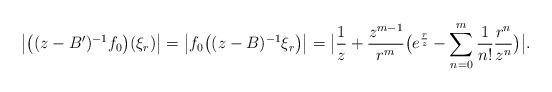
LaTeX: \begin{align*}\big|\big((z-B')^{-1}f_0\big)(\xi_r)\big|&=\big|f_0\big((z-B)^{-1}\xi_r\big)\big|=\big|\frac{1}{z}+\frac{z^{m-1}}{r^{m}}\big(e^{\frac{r}{z}}-\sum\limits_{n=0}^{m}\frac{1}{n!}\frac{r^n}{z^n}\big)\big|.\end{align*}